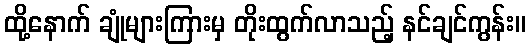
ထို့နောက် ချုံများကြားမှ တိုးထွက်လာသည့် နင်ချင်ကွန်း။